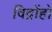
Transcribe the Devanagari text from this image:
विद्रोंहो